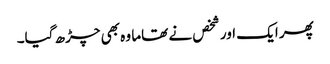
پھر ایک اور شخص نے تھاما وہ بھی چڑھ گیا۔